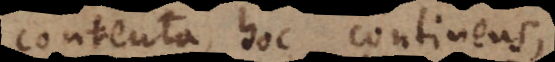
contenta, hoc continens,